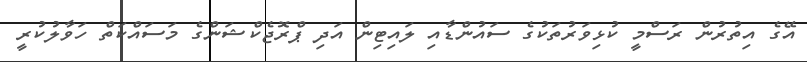
އޭގެ އިތުރުން ރަސްމީ ކުޅިވަރުތަކުގެ ސައުންޑާއި ލައިޓިން އަދި ޕްރޮޖެކްޝަންގެ މަސައްކަތް ހަވާލުކުރީ